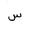
Letter: _sin